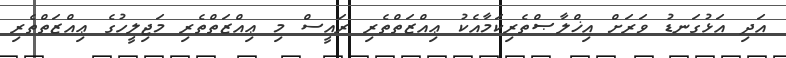
އަދި އަޅުގަނޑު ވަރަށް އިޚްލާޞްތެރިކަމާއެކު ޢިއްޒަތްތެރި ރައީސް މި ޢިއްޒަތްތެރި މަޖިލީހުގެ ޢިއްޒަތްތެރި